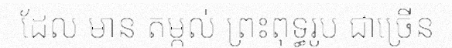
ដែល មាន តម្កល់ ព្រះពុទ្ធរូប ជាច្រើន